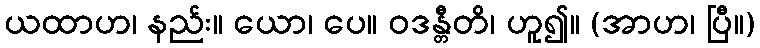
ယထာဟ၊ နည်း။ ယော၊ ပေ။ ဝဒန္တီတိ၊ ဟူ၍။ (အာဟ၊ ပြီ။)